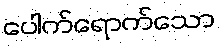
ပေါက်ရောက်သော